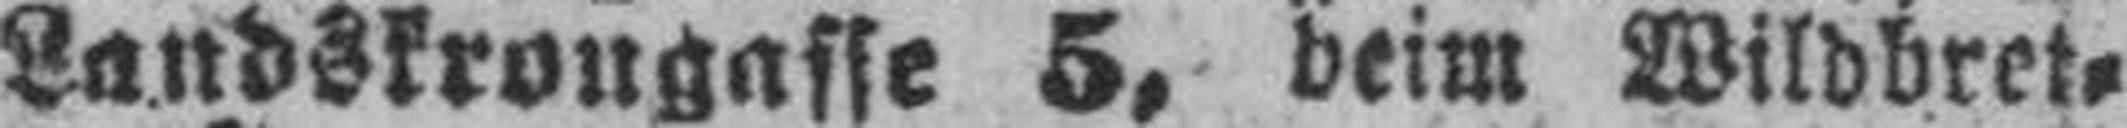
Landskrongasse 5, beim Wildbret¬